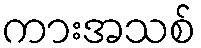
ကားအသစ်